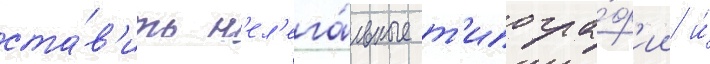
ста́в'ить н'ел'ега́льные т'ипогра́ф'ии и́